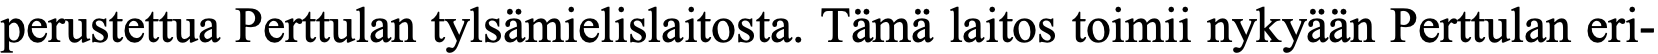
perustettua Perttulan tylsämielislaitosta. Tämä laitos toimii nykyään Perttulan eri-